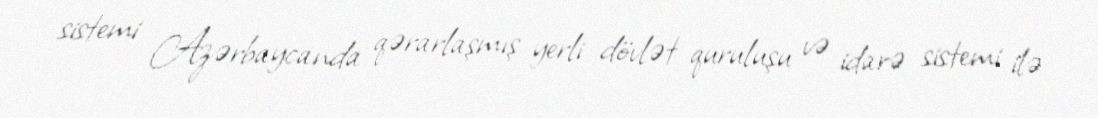
sistemi Azərbaycanda qərarlaşmış yerli dövlət quruluşu və idarə sistemi ilə